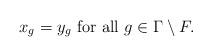
LaTeX: \begin{align*}x_g=y_g \mbox{ for all } g \in \Gamma \setminus F.\end{align*}